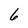
Character: 6